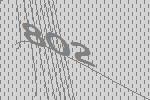
802